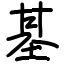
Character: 基